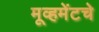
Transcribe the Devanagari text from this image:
मूव्हमेंटचे